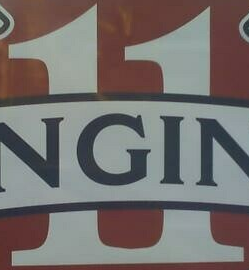
11